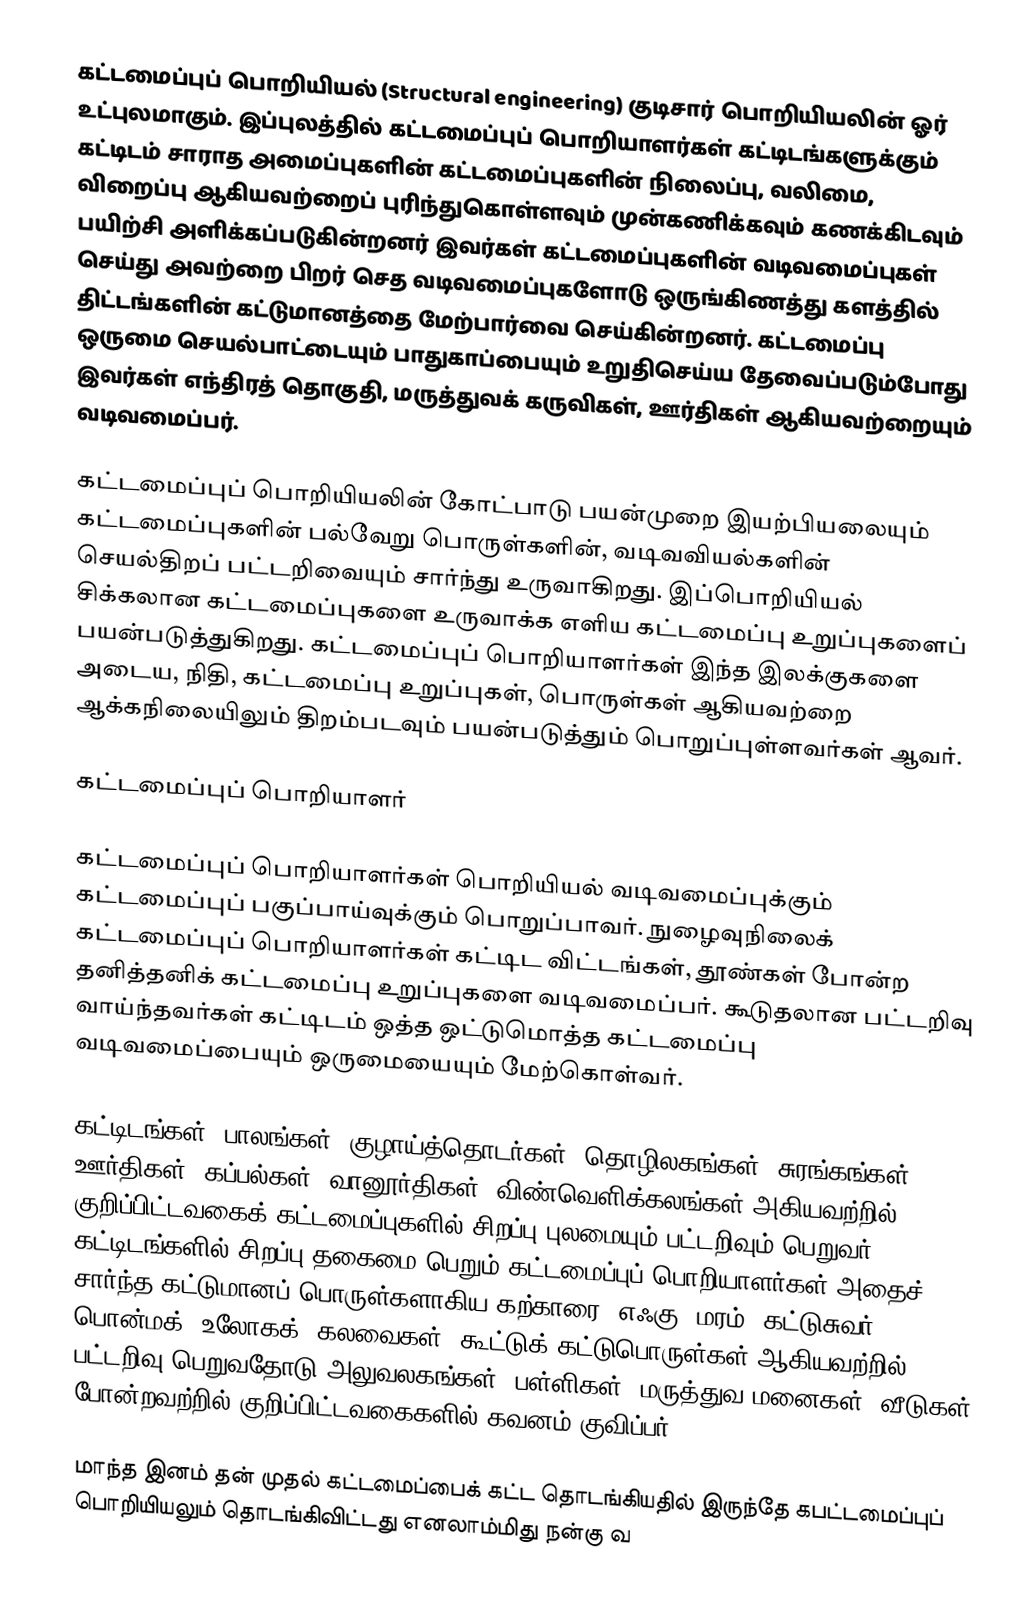
கட்டமைப்புப் பொறியியல் (Structural engineering) குடிசார் பொறியியலின் ஓர் உட்புலமாகும். இப்புலத்தில் கட்டமைப்புப் பொறியாளர்கள் கட்டிடங்களுக்கும் கட்டிடம் சாராத அமைப்புகளின் கட்டமைப்புகளின் நிலைப்பு, வலிமை, விறைப்பு ஆகியவற்றைப் புரிந்துகொள்ளவும் முன்கணிக்கவும் கணக்கிடவும் பயிற்சி அளிக்கப்படுகின்றனர் இவர்கள் கட்டமைப்புகளின் வடிவமைப்புகள் செய்து அவற்றை பிறர் செத வடிவமைப்புகளோடு  ஒருங்கிணத்து களத்தில் திட்டங்களின் கட்டுமானத்தை மேற்பார்வை செய்கின்றனர். கட்டமைப்பு ஒருமை செயல்பாட்டையும் பாதுகாப்பையும் உறுதிசெய்ய தேவைப்படும்போது இவர்கள் எந்திரத் தொகுதி, மருத்துவக் கருவிகள், ஊர்திகள் ஆகியவற்றையும் வடிவமைப்பர்.

கட்டமைப்புப் பொறியியலின் கோட்பாடு பயன்முறை இயற்பியலையும் கட்டமைப்புகளின் பல்வேறு பொருள்களின், வடிவவியல்களின் செயல்திறப் பட்டறிவையும் சார்ந்து உருவாகிறது. இப்பொறியியல் சிக்கலான கட்டமைப்புகளை உருவாக்க எளிய கட்டமைப்பு உறுப்புகளைப் பயன்படுத்துகிறது. கட்டமைப்புப் பொறியாளர்கள் இந்த இலக்குகளை அடைய, நிதி, கட்டமைப்பு உறுப்புகள், பொருள்கள் ஆகியவற்றை ஆக்கநிலையிலும் திறம்படவும் பயன்படுத்தும் பொறுப்புள்ளவர்கள் ஆவர்.

கட்டமைப்புப் பொறியாளர்

கட்டமைப்புப் பொறியாளர்கள் பொறியியல் வடிவமைப்புக்கும் கட்டமைப்புப் பகுப்பாய்வுக்கும் பொறுப்பாவர். நுழைவுநிலைக் கட்டமைப்புப் பொறியாளர்கள் கட்டிட விட்டங்கள், தூண்கள் போன்ற தனித்தனிக் கட்டமைப்பு உறுப்புகளை வடிவமைப்பர். கூடுதலான பட்டறிவு வாய்ந்தவர்கள் கட்டிடம் ஒத்த ஒட்டுமொத்த கட்டமைப்பு வடிவமைப்பையும் ஒருமையையும் மேற்கொள்வர்.

கட்டிடங்கள், பாலங்கள், குழாய்த்தொடர்கள், தொழிலகங்கள், சுரங்கங்கள், ஊர்திகள், கப்பல்கள், வானூர்திகள், விண்வெளிக்கலங்கள் அகியவற்றில் குறிப்பிட்டவகைக் கட்டமைப்புகளில் சிறப்பு புலமையும் பட்டறிவும் பெறுவர்.  கட்டிடங்களில் சிறப்பு தகைமை பெறும் கட்டமைப்புப் பொறியாளர்கள் அதைச் சார்ந்த கட்டுமானப் பொருள்களாகிய கற்காரை, எஃகு, மரம், கட்டுசுவர், பொன்மக் (உலோகக்) கலவைகள், கூட்டுக் கட்டுபொருள்கள் ஆகியவற்றில் பட்டறிவு பெறுவதோடு அலுவலகங்கள், பள்ளிகள், மருத்துவ மனைகள், வீடுகள் போன்றவற்றில் குறிப்பிட்டவகைகளில் கவனம் குவிப்பர்.

மாந்த இனம் தன் முதல் கட்டமைப்பைக் கட்ட தொடங்கியதில் இருந்தே கபட்டமைப்புப் பொறியியலும் தொடங்கிவிட்டது எனலாம்மிது நன்கு வ